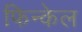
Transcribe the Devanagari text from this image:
फिन्केल